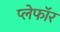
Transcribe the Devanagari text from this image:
प्लेफॉर